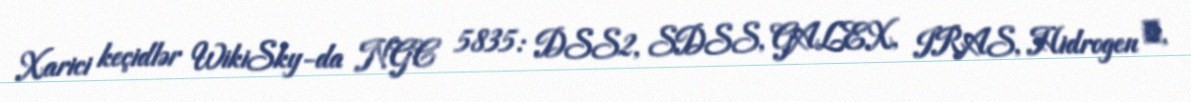
Xarici keçidlər WikiSky-da NGC 5835: DSS2, SDSS, GALEX, IRAS, Hidrogen α,